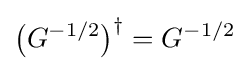
{\bigl (}G^{-1/2}{\bigr )}^{\dagger }=G^{-1/2}